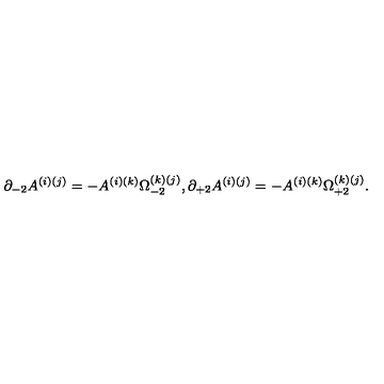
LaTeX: \partial _ { - 2 } A ^ { ( i ) ( j ) } = - A ^ { ( i ) ( k ) } \Omega _ { - 2 } ^ { ( k ) ( j ) } , \partial _ { + 2 } A ^ { ( i ) ( j ) } = - A ^ { ( i ) ( k ) } \Omega _ { + 2 } ^ { ( k ) ( j ) } .